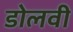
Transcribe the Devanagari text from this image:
डोलवी